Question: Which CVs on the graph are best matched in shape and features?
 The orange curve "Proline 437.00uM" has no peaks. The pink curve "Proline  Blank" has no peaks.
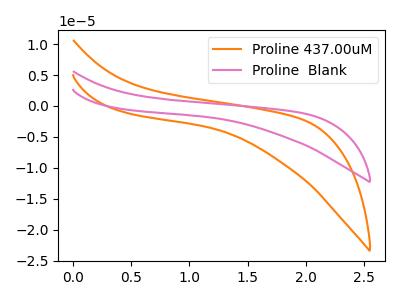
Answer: <think>Neither "Proline 437.00uM" or "Proline  Blank" have any peaks.
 </think>
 <answer>"Proline 437.00uM" and "Proline  Blank" have the same shape and are likely CV's of the same chemical.</answer>
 <eval>"Proline 437.00uM" "Proline  Blank"</eval>